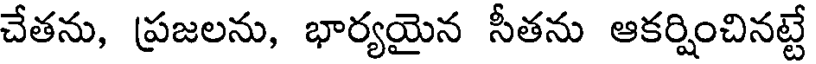
చేతను, ప్రజలను, భార్యయైన సీతను ఆకర్షించినట్టే